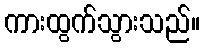
ကားထွက်သွားသည်။